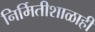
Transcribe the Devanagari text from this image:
निर्मितीशाळाही